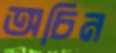
অচিন